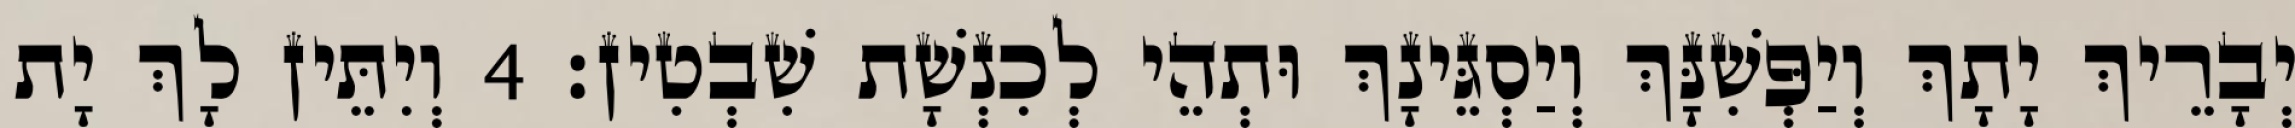
יְבָרֵיךְ יָתָךְ וְיַפְּשִׁנָּךְ וְיַסְגֵּינָךְ וּתְהֵי לְכִנְשָׁת שִׁבְטִין׃ 4 וְיִתֵּין לָךְ יָת